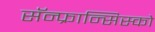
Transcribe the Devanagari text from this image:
सॅन्‍फ्रान्सिस्को